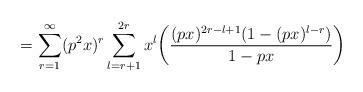
LaTeX: \begin{align*}= \sum_{r=1}^{\infty} (p^2x)^r \sum_{l=r+1}^{2r} x^l \bigg( \frac{(px)^{2r-l+1}(1-(px)^{l-r})}{1-px}\bigg)\end{align*}